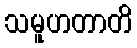
သမူဟတာတိ